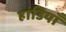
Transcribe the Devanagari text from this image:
हांडियाँ